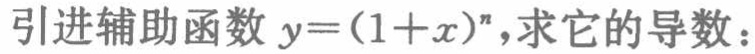
引进辅助函数 \(y=(1 + x)^n\)，求它的导数：